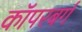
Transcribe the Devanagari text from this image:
कॉपरबर्ग